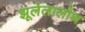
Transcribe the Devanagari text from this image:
झूलेलालोथ